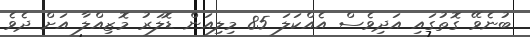
ބުނެވޭ ގޮތުގައި އަދިވެސް އެއްކަލަ 85 މިލިއަން ޑޮލަރު މޮޒިއްލާ އަށް ދެވެ